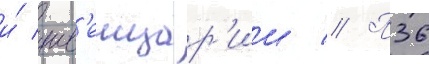
и́ шв'еицар'ии // П36